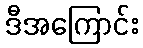
ဒီအကြောင်း